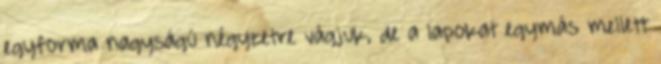
egyforma nagyságú négyzetre vágjuk, de a lapokat egymás mellett